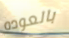
بالعوده